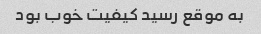
به موقع رسید کیفیت خوب بود